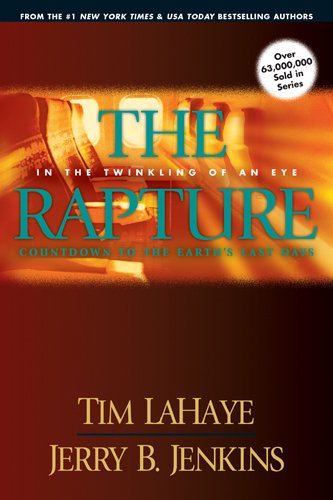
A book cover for The Rapture: In the Twinkling of an Eye--Countdown to the Earth's Last Days (Before They Were Left Behind, Book 3); Tim LaHaye; Christian Books & Bibles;